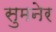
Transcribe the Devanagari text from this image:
सुमनेर